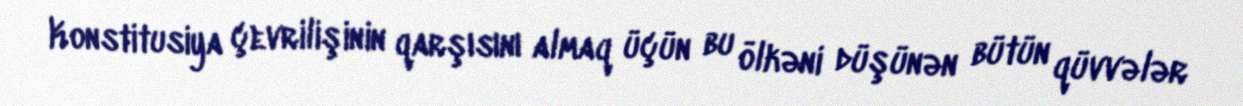
Konstitusiya çevrilişinin qarşısını almaq üçün bu ölkəni düşünən bütün qüvvələr